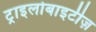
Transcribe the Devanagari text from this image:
ट्राइलोबाइटीज़